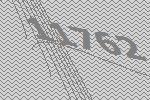
11762